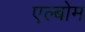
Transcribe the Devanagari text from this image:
एल्बोम